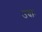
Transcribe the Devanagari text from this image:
उदाः